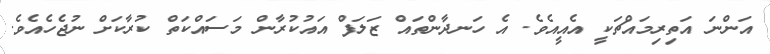
އަންނަ އަތިރިމައްޗަކީ އެއީއެވެ. އެ ހަނދާންތައް ޒަލަފް އައުކުރާން މަސައްކަތް ކުރާކަށް ނުޖެހެއެވެ.